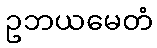
ဥဘယမေတံ